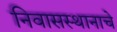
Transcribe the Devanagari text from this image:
निवासस्थानाचे